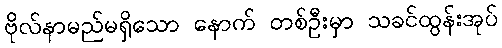
ဗိုလ်နာမည်မရှိသော နောက် တစ်ဦးမှာ သခင်ထွန်းအုပ်